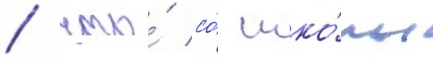
/ что́ со́ шко́лы